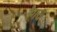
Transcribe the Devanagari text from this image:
बैगस